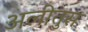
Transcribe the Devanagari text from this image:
अलीतुस